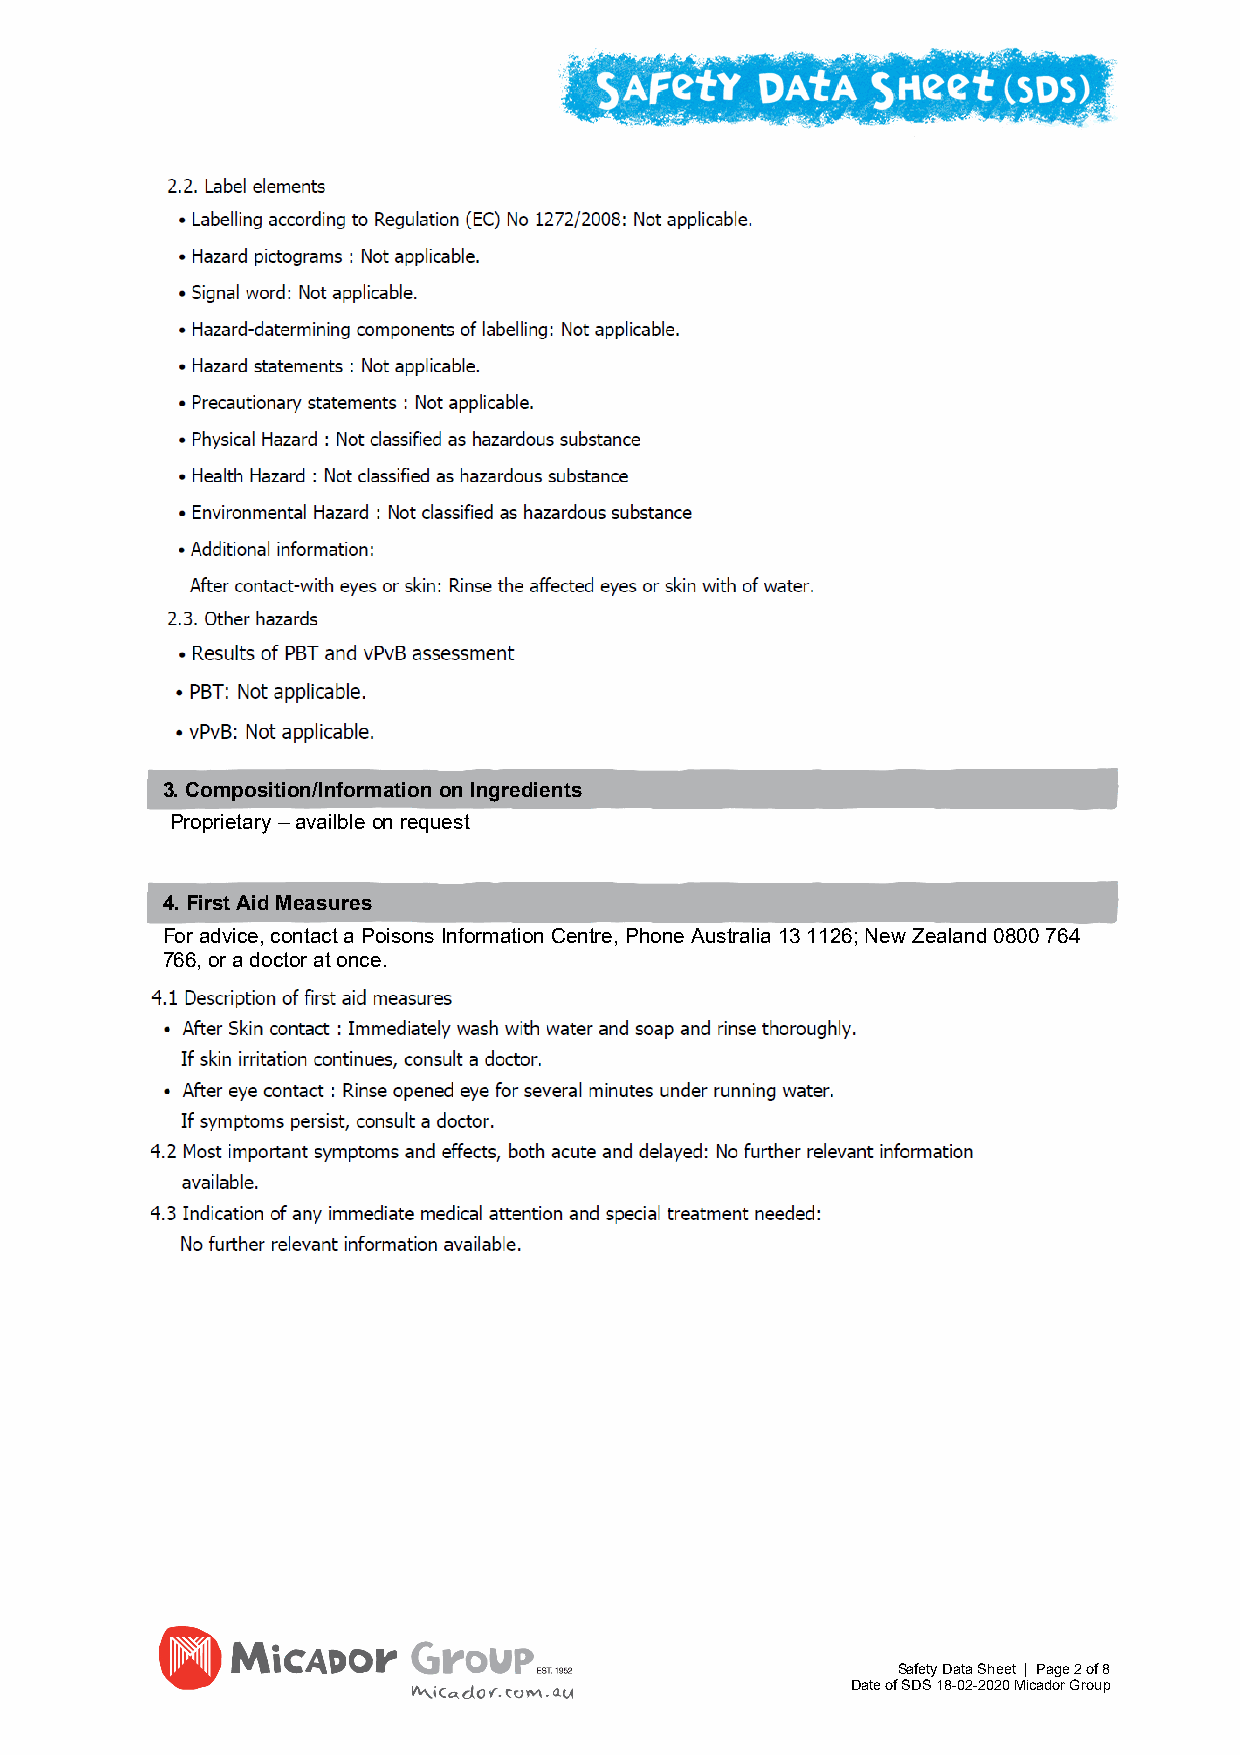
3. Composition/Information on Ingredients
 Proprietary – availble on request
 4. First Aid Measures
 For advice, contact a Poisons Information Centre, Phone Australia 13 1126; New Zealand 0800 764
 766, or a doctor at once.
 Safety Data Sheet | Page 2 of 8
 Date of SDS 18-02-2020 Micador Group